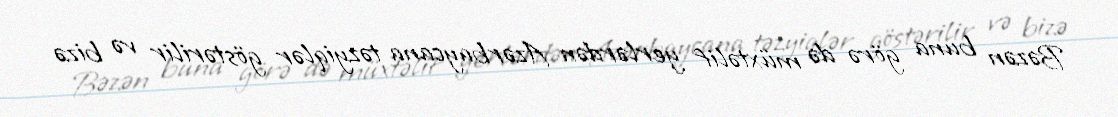
Bəzən buna görə də müxtəlif yerlərdən Azərbaycana təzyiqlər göstərilir və bizə